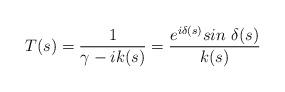
LaTeX: \begin{align*}T(s) = {1\over \gamma -ik(s)}= {e^{i\delta (s)} sin \ \delta (s)\over k(s)}\end{align*}